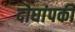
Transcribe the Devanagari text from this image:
दोघांपकी